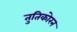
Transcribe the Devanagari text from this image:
तुतिकोरन